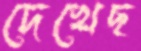
দেখেছ